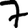
Digit: 7